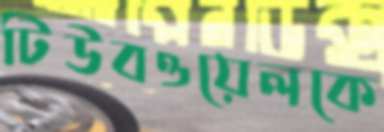
টিউবওয়েলকে